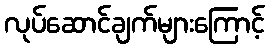
လုပ်ဆောင်ချက်များကြောင့်